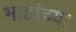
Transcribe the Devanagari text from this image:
भाटांच्या